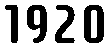
1920